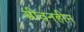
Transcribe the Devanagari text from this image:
सीवनहीन